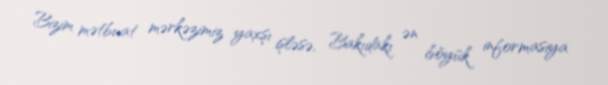
Bizim mətbuat mərkəzimiz yaxşı işləsə, Bakıdakı ən böyük informasiya